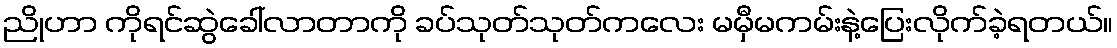
ညိုဟာ ကိုရင်ဆွဲခေါ်လာတာကို ခပ်သုတ်သုတ်ကလေး မမှီမကမ်းနဲ့ပြေးလိုက်ခဲ့ရတယ်။